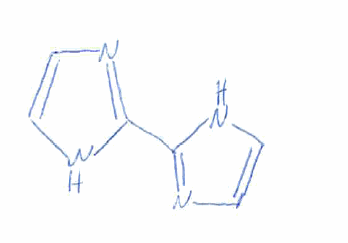
Simplified molecular-input line-entry system (SMILES) notation of the given molecule:
C1=CN=C(N1)C2=NC=CN2